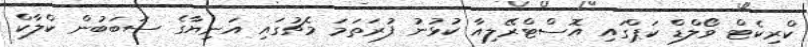
ކްރިކެޓް ވޯލްޑް ކަޕްގައި އޮސްޓްރޭލިއާ ކުޅުނު ފުރަަތަމަ މެޗުގައި އަނިޔާގެ ސަބަބުން ކްލާކް